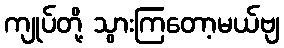
ကျုပ်တို့ သွားကြတော့မယ်ဗျ